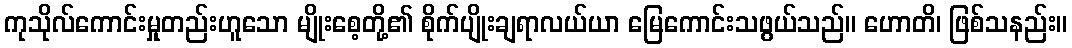
ကုသိုလ်ကောင်းမှုတည်းဟူသော မျိုးစေ့တို့၏ စိုက်ပျိုးချရာလယ်ယာ မြေကောင်းသဖွယ်သည်။ ဟောတိ၊ ဖြစ်သနည်း။